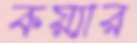
কয়্যার